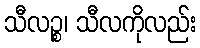
သီလဉ္စ၊ သီလကိုလည်း